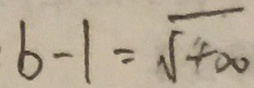
b - 1 = \sqrt { 4 0 0 }